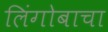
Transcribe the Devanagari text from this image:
लिंगोबाचा